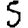
Digit: 5